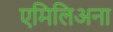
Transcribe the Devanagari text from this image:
एमिलिअना